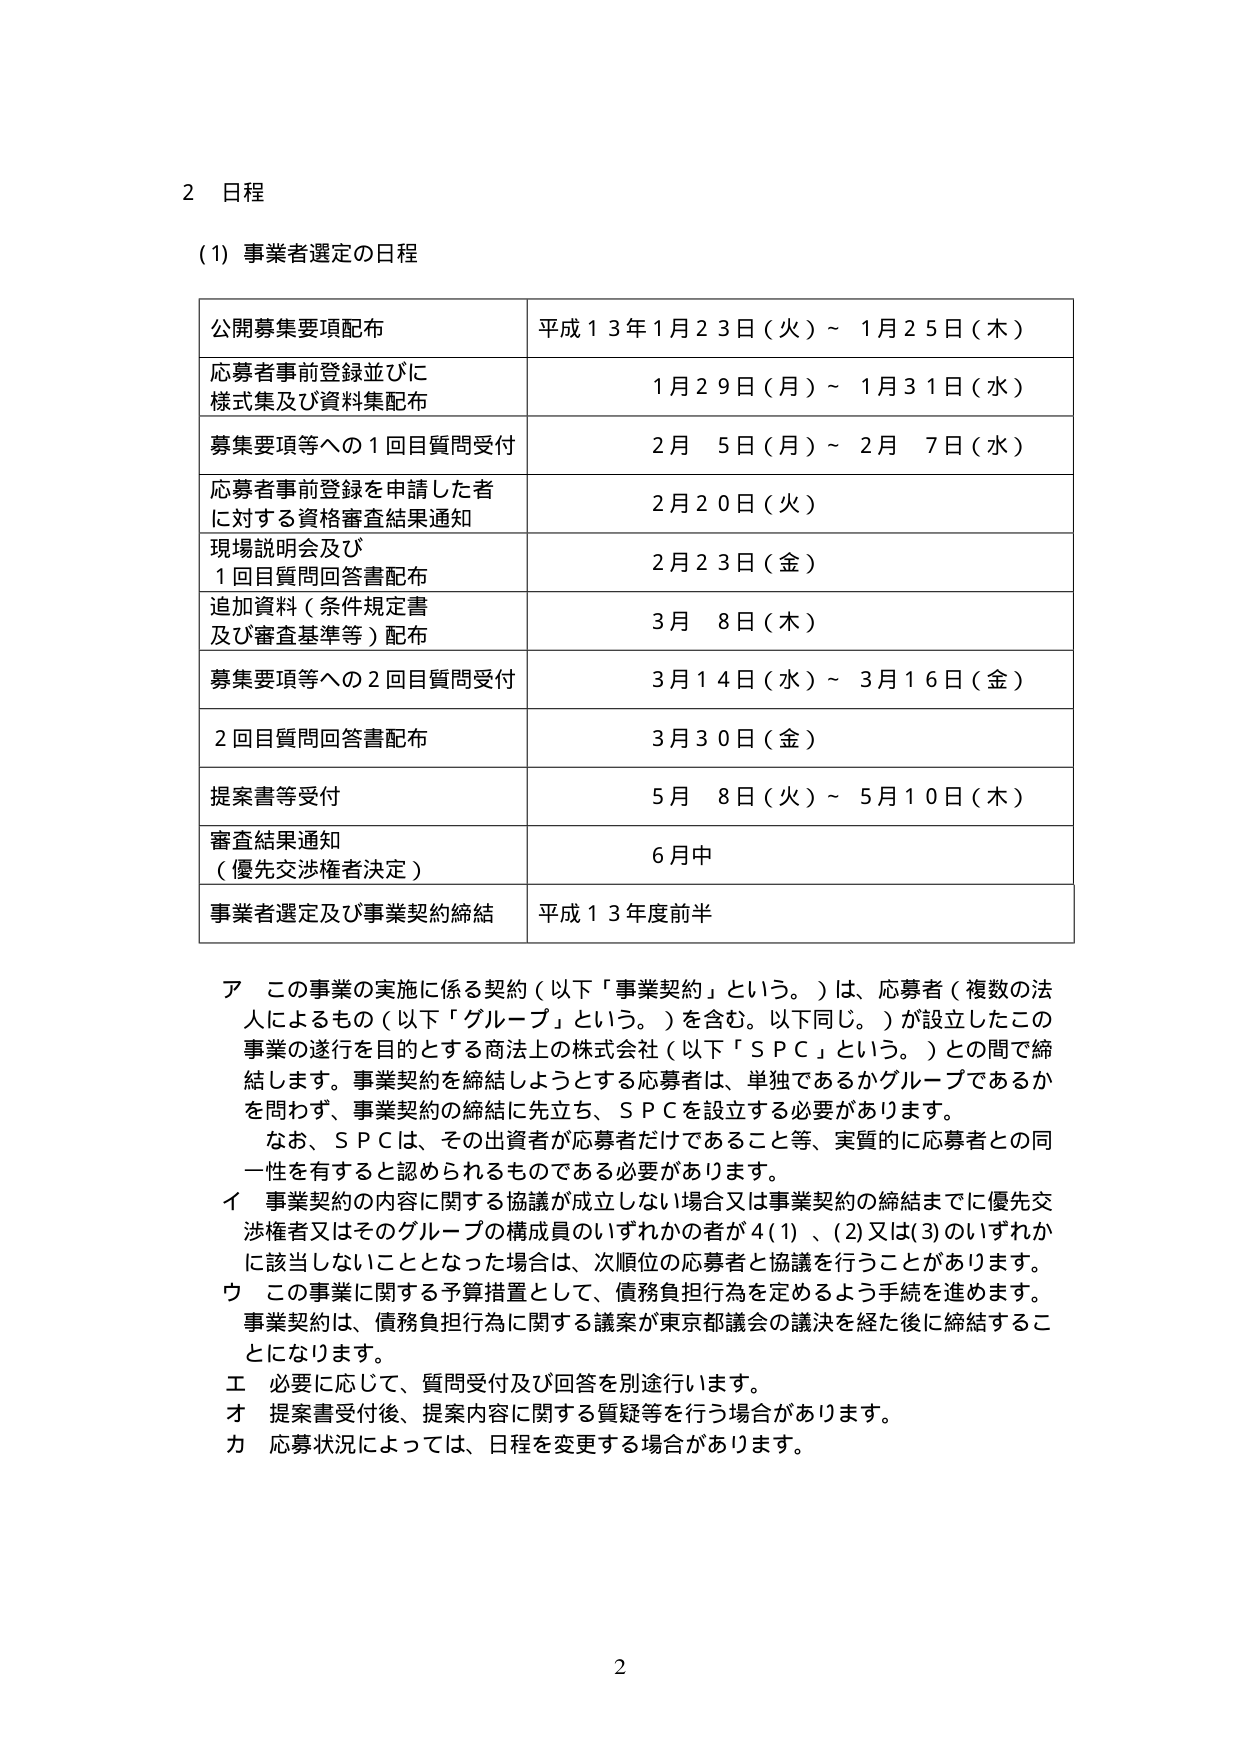
2 日程

(1) 事業者選定の日程

公開募集要項配布 平成13年1月23日（火）～1月25日（木）
応募者事前登録並びに 様式集及び資料集配布 1月29日（月）～1月31日（水）
募集要項等への1回目質問受付 2月5日（月）～2月7日（水）
応募者事前登録を申請した者 に対する資格審査結果通知 2月20日（火）
現場説明会及び 1回目質問回答書配布 2月23日（金）
追加資料（条件規定書 及び審査基準等）配布 3月8日（木）
募集要項等への2回目質問受付 3月14日（水）～3月16日（金）
2回目質問回答書配布 3月30日（金）
提案書等受付 5月8日（火）～5月10日（木）
審査結果通知 （優先交渉権者決定） 6月中
事業者選定及び事業契約締結 平成13年度前半

ア この事業の実施に係る契約（以下「事業契約」という。）は、応募者（複数の法人によるもの（以下「グループ」という。）を含む。以下同じ。）が設立したこの事業の遂行を目的とする商法上の株式会社（以下「ＳＰＣ」という。）との間で締結します。事業契約を締結しようとする応募者は、単独であるかグループであるかを問わず、事業契約の締結に先立ち、ＳＰＣを設立する必要があります。
　なお、ＳＰＣは、その出資者が応募者だけであること等、実質的に応募者との同一性を有すると認められるものである必要があります。
イ 事業契約の内容に関する協議が成立しない場合又は事業契約の締結までに優先交渉権者又はそのグループの構成員のいずれかの者が4(1)、(2)又は(3)のいずれかに該当しないこととなった場合は、次順位の応募者と協議を行うことがあります。
ウ この事業に関する予算措置として、債務負担行為を定めるよう手続を進めます。事業契約は、債務負担行為に関する議案が東京都議会の議決を経た後に締結することになります。
エ 必要に応じて、質問受付及び回答を別途行います。
オ 提案書受付後、提案内容に関する質疑等を行う場合があります。
カ 応募状況によっては、日程を変更する場合があります。

2